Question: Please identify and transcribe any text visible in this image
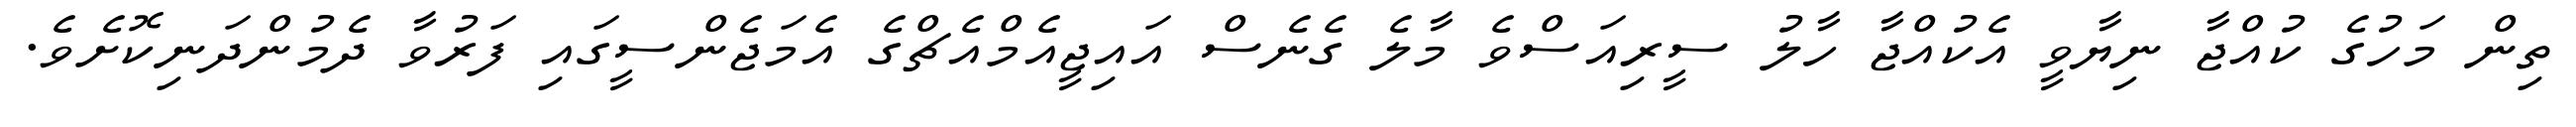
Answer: ތިން މަހުގެ ކުއްޖާ ނިޔާވީ އެކުއްޖާ ހާލު ސީރިއަސްވެ މާލެ ގެނެސް އައިޖީއެމްއެޗްގެ އެމަޖެންސީގައި ފަރުވާ ދެމުންދަނިކޮށެވެ.